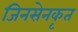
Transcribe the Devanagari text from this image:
जिनसेनकृत